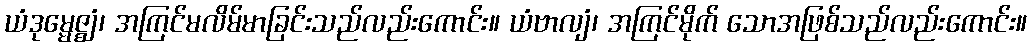
ယံဒုမ္မေဇ္ဈံ၊ အကြင်မလိမ်မာခြင်းသည်လည်းကောင်း။ ယံဗာလျံ၊ အကြင်မိုက် သောအဖြစ်သည်လည်းကောင်း။